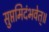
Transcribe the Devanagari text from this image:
सुप्तमिदंभवेत्॥